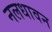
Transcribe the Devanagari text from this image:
नलधावन